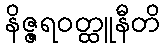
နိဇ္ဇရဝတ္ထူနီတိ